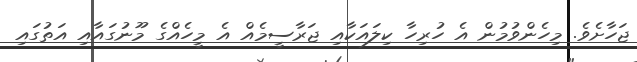
ޖަހާށެވެ. މިހެންވުމުން އެ ހުރިހާ ކިލައަކާއި ޖަރާސީމެއް އެ މީހެއްގެ މޫނުގައާއި އަތުގައި